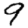
Digit: 9